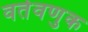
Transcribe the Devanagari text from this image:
वर्तवणुक